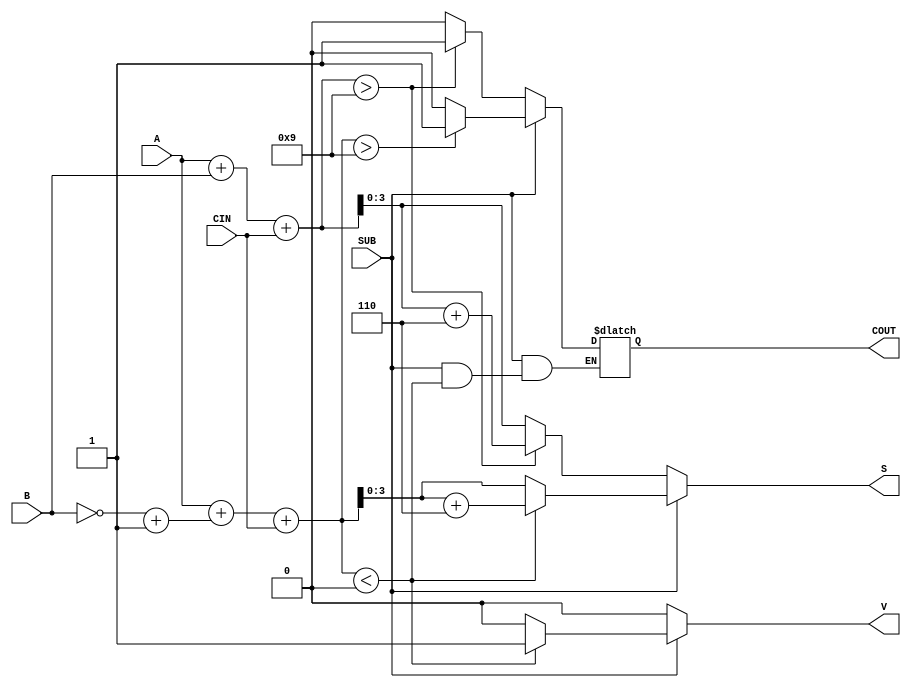
module bcd_add_subtracter (
    input  wire [3:0] A,     // First BCD digit
    input  wire [3:0] B,     // Second BCD digit
    input  wire SUB,         // Control signal for add/subtract
    input  wire CIN,         // Carry-in for addition
    output reg  [3:0] S,     // Resulting BCD digit
    output reg  COUT,        // Carry-out
    output reg  V            // Overflow flag
);

    reg [4:0] sum;           // 5-bit to hold the result of A + B
    wire [3:0] b_complement; // 9's complement of B

    // 9's complement of B
    assign b_complement = ~B + 4'b0001;

    always @(*) begin
        if (SUB == 0) begin // Addition
            sum = A + B + CIN; // Perform addition

            // Check if sum exceeds 9 and perform BCD correction
            if (sum > 4'd9) begin
                COUT = 1;
                sum = sum + 4'b0110; // Add 6 in case of BCD overflow
            end else begin
                COUT = 0;
            end

            // Assign result and clear overflow flag
            S = sum[3:0];
            V = 0; // No overflow in addition

        end else begin // Subtraction
            sum = A + b_complement + CIN; // Perform A - B using 9's complement

            // Check result for underflow
            if (sum < 4'd0) begin
                V = 1; // Set overflow flag
                S = sum[3:0] + 4'b0110; // Add 6 to indicate valid BCD (after wrap around)
            end else begin
                V = 0; // No overflow
                if (sum > 4'd9) begin
                    COUT = 1; // This scenario should not happen in subtraction
                end else begin
                    COUT = 0;
                end
                S = sum[3:0]; // Assign the valid BCD value
            end
        end
    end
endmodule